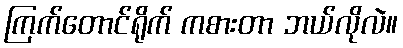
ကြက်တောင်ရိုက် ကစားတာ ဘယ်လိုလဲ။